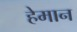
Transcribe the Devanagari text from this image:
हेमान